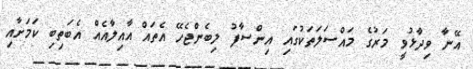
އޭނާ ވިދާޅުވީ މަރުގެ މައްސަލަތަކުގައި އިންސާފު ލިބެންޖެހޭ އެތައް އާއިލާއެއް އެބަތިބި ކަމަށާއި